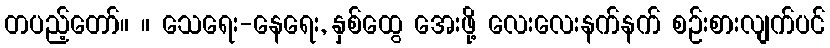
တပည့်တော်။ ။ သေရေး-နေရေး, နှစ်ထွေ အေးဖို့ လေးလေးနက်နက် စဉ်းစားလျက်ပင်